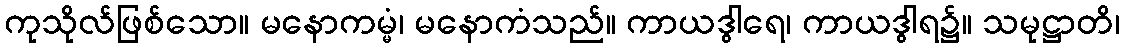
ကုသိုလ်ဖြစ်သော။ မနောကမ္မံ၊ မနောကံသည်။ ကာယဒွါရေ၊ ကာယဒွါရ၌။ သမုဋ္ဌာတိ၊